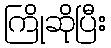
ကြိုဆိုပြီး